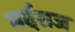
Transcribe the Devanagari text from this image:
मर्दराज